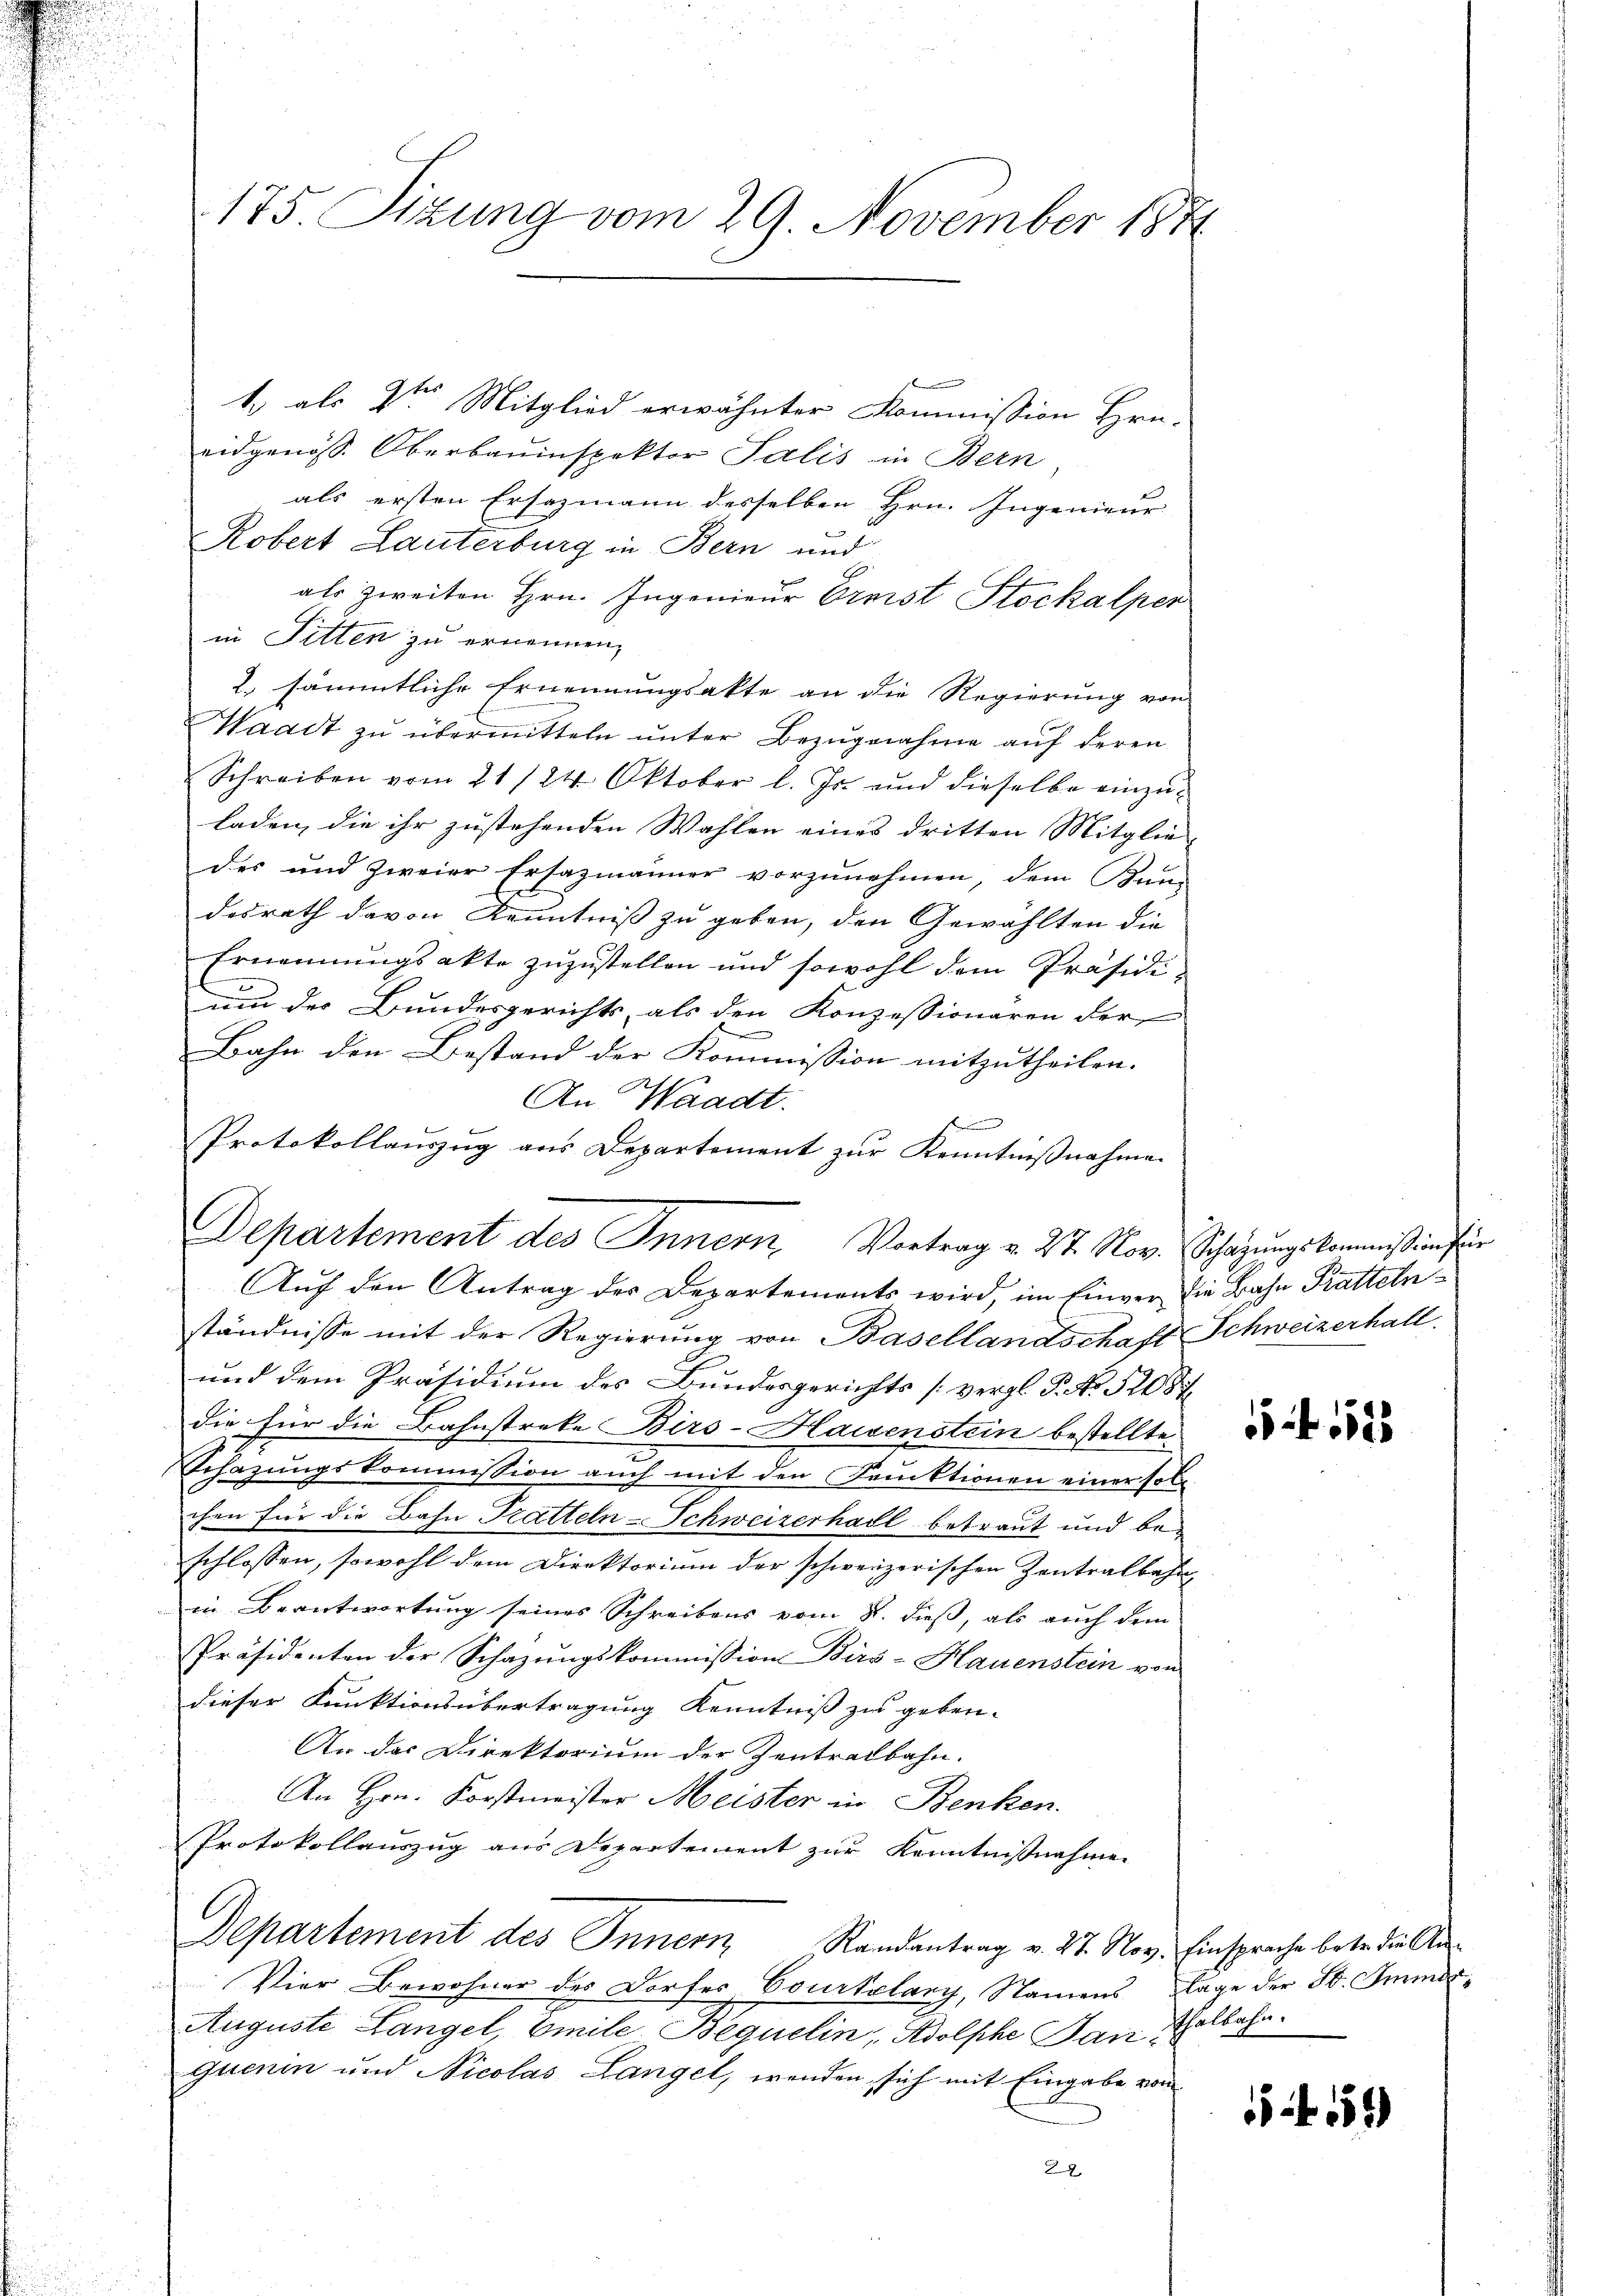
175. Sizung vom 29. November 187

1. als 2ten Mitglied erwähnter Kommission Hrn.
eidgenöss. Oberbauinspektor Salis in Bern,
als ersten Ersazmann desselben Hrn. Ingenieur-
Robert Lauterburg in Bern und
als zweiten Hrn. Ingenieur Ereist Stockalper
in Fitten zu ernennen,
2. sämmtliche Ernennungsakte an die Regierung von
Waadt zu übermitteln unter Bezugnahme auf deren
Schreiben vom 21/24. Oktober l. Js. und dieselbe einzuladen, die ihr zustehenden Wahlen eines dritten Mitglie-
des und zweier Ersazmänner vorzunehmen, dem Kun-
desrath davon Kenntniß zu geben, den Gewählten die
Ernennungsakte zuzustellen und sowohl dem Präsidium der Bundesgerichts, als den Konzessionaren der
Bahn den Bestand der Kommission mitzutheilen.
An Waadt.
n
Protokollauszug aus Departement zur Kenntnißnahme.
Auf den Antrag des Departements wird, im Einver die Bahn Kattelnständnisse mit der Regierung von Basellandschaft Schweizerhall
und dem Präsidium des Bundesgerichts [vergl. P. No. 52087
die für die Bahnstreke Birs-Haisenstein bestellte.
Schazungskommission auch mit den Fruktionen einer sol
chen für die Bahn Tratteln-Schweizerhall betraut und beschlossen, sowohl dem Direktorium der schweizerischen Zentralbahn
in Beantwortung seines Schreibens vom 8. dieß, als auch dem
Präsidenten der Schazungskommission Birs-Hauenstein von
dieser Funktionsübertragung Kenntniß zu geben.
An das Direktorium der Zentralbahn.
An Hrn. Korstmeister Meister in Benken.
Protokollauszug aus Departement zur Kenntnißnahmen
Departement des Innern Randantrag v. 27. Nov. Einsprache betr. die An¬
Vier Bewohner des Dorfes, Courtelary, Namens Klage der St. Immer¬
Auguste Langel, Emile Bequelin, Adolphe Dan Thalbahn.
quenin und Nicolas Langel, wenden sich mit Eingabe vom
22

Departement des Innern Vortrag v. 27. Nov. Schazungskommission für

65 f. 52

554